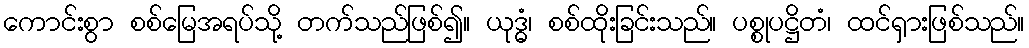
ကောင်းစွာ စစ်မြေအရပ်သို့ တက်သည်ဖြစ်၍။ ယုဒ္ဓံ၊ စစ်ထိုးခြင်းသည်။ ပစ္စုပဋ္ဌိတံ၊ ထင်ရှားဖြစ်သည်။